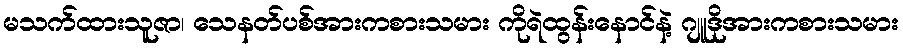
မသက်ထားသူဇာ၊ သေနတ်ပစ်အားကစားသမား ကိုရဲထွန်းနောင်နဲ့ ဂျူဒိုအားကစားသမား